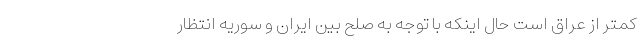
کمتر از عراق است حال اینکه با توجه به صلح بین ایران و سوریه انتظار